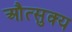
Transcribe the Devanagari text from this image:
औत्सुक्‍य